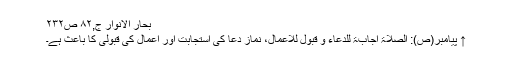
بحار الانوار ج,۸۲ ص۲۳۲
↑ پیامبر(ص): الصلاۃ اجابۃ للدعاء و قبول للاعمال، نماز دعا کی استجابت اور اعمال کی قبولی کا باعث ہے۔